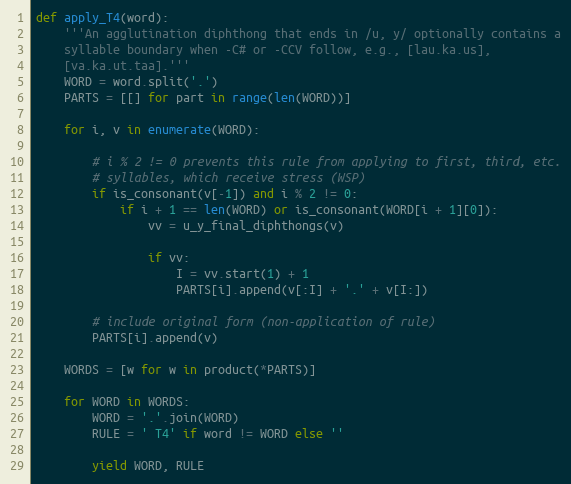
Language: Python
def apply_T4(word):
    '''An agglutination diphthong that ends in /u, y/ optionally contains a
    syllable boundary when -C# or -CCV follow, e.g., [lau.ka.us],
    [va.ka.ut.taa].'''
    WORD = word.split('.')
    PARTS = [[] for part in range(len(WORD))]

    for i, v in enumerate(WORD):

        # i % 2 != 0 prevents this rule from applying to first, third, etc.
        # syllables, which receive stress (WSP)
        if is_consonant(v[-1]) and i % 2 != 0:
            if i + 1 == len(WORD) or is_consonant(WORD[i + 1][0]):
                vv = u_y_final_diphthongs(v)

                if vv:
                    I = vv.start(1) + 1
                    PARTS[i].append(v[:I] + '.' + v[I:])

        # include original form (non-application of rule)
        PARTS[i].append(v)

    WORDS = [w for w in product(*PARTS)]

    for WORD in WORDS:
        WORD = '.'.join(WORD)
        RULE = ' T4' if word != WORD else ''

        yield WORD, RULE